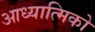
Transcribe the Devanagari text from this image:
आध्यात्मिको